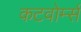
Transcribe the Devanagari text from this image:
कटवोर्म्स